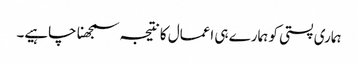
ہماری پستی کو ہمارے ہی اعمال کا نتیجہ سمجھنا چاہیے۔